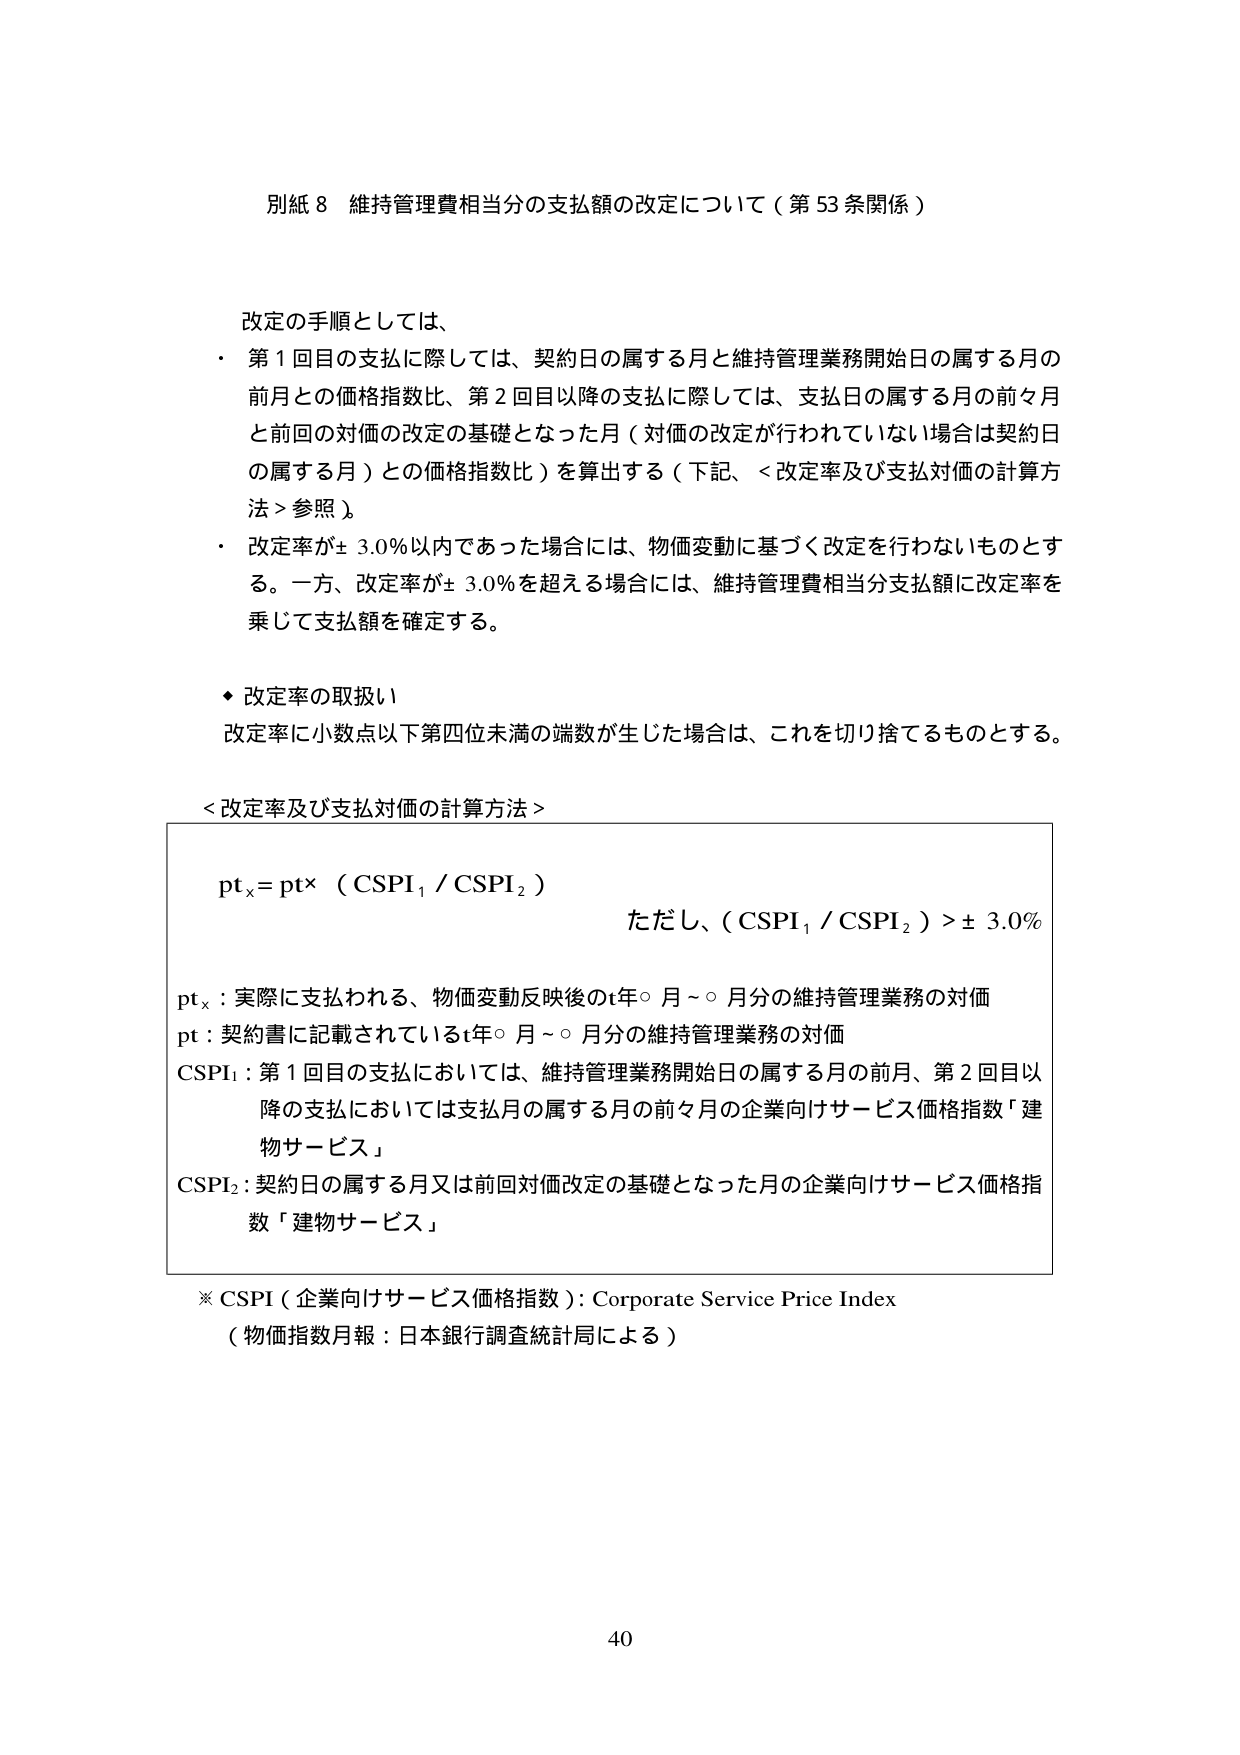
別紙８　維持管理費相当分の支払額の改定について（第53条関係）

改定の手順としては、
・　第１回目の支払に際しては、契約日の属する月と維持管理業務開始日の属する月の前月との価格指数比、第２回目以降の支払に際しては、支払日の属する月の前々月と前回の対価の改定の基礎となった月（対価の改定が行われていない場合は契約日の属する月）との価格指数比）を算出する（下記、＜改定率及び支払対価の計算方法＞参照）。
・　改定率が±3.0％以内であった場合には、物価変動に基づく改定を行わないものとする。一方、改定率が±3.0％を超える場合には、維持管理費相当分支払額に改定率を乗じて支払額を確定する。

◆　改定率の取扱い
改定率に小数点以下第四位未満の端数が生じた場合は、これを切り捨てるものとする。

＜改定率及び支払対価の計算方法＞

ptₓ = pt × (CSPI₁ / CSPI₂)
ただし、(CSPI₁ / CSPI₂) > ±3.0%

ptₓ：実際に支払われる、物価変動反映後のt年○月～○月分の維持管理業務の対価
pt：契約書に記載されているt年○月～○月分の維持管理業務の対価
CSPI₁：第１回目の支払においては、維持管理業務開始日の属する月の前月、第２回目以降の支払においては支払日の属する月の前々月の企業向けサービス価格指数「建物サービス」
CSPI₂：契約日の属する月又は前回対価改定の基礎となった月の企業向けサービス価格指数「建物サービス」

※ CSPI（企業向けサービス価格指数）：Corporate Service Price Index
（物価指数月報：日本銀行調査統計局による）

40